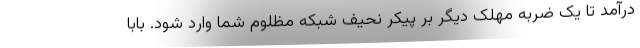
درآمد تا یک ضربه مهلک دیگر بر پیکر نحیف شبکه مظلوم شما وارد شود. بابا